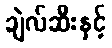
ချဲလ်ဆီးနှင့်